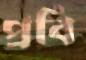
প্রবি